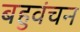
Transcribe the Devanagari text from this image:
बहुवंचन